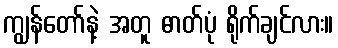
ကျွန်တော်နဲ့ အတူ ဓာတ်ပုံ ရိုက်ချင်လား။